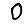
Digit: 0